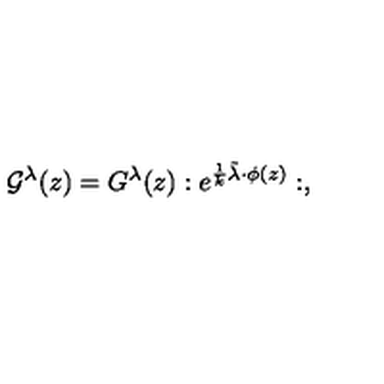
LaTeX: { \cal G } ^ { \lambda } ( z ) = { G } ^ { \lambda } ( z ) : e ^ { \frac 1 { k } \tilde { \lambda } \cdot \phi ( z ) } : ,